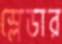
স্লেডার